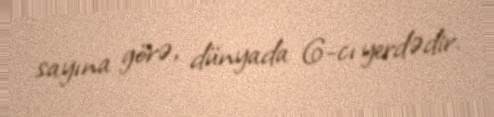
sayına görə, dünyada 6-cı yerdədir.